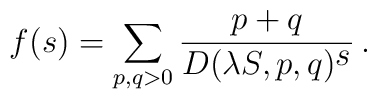
f(s) = \sum_{p,q>0} \frac{p+q}{D(\lambda S,p,q)^{\textstyle s}}\, .